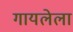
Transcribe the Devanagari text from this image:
गायलेला